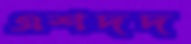
এশদদ